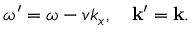
\omega ^ { \prime } = \omega - v k _ { x } , \quad \mathbf { k } ^ { \prime } = \mathbf { k } .